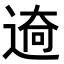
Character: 𮞜